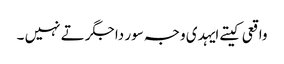
واقعی کیتے ایہدی وجہ سور دا جگر تے نہیں ۔